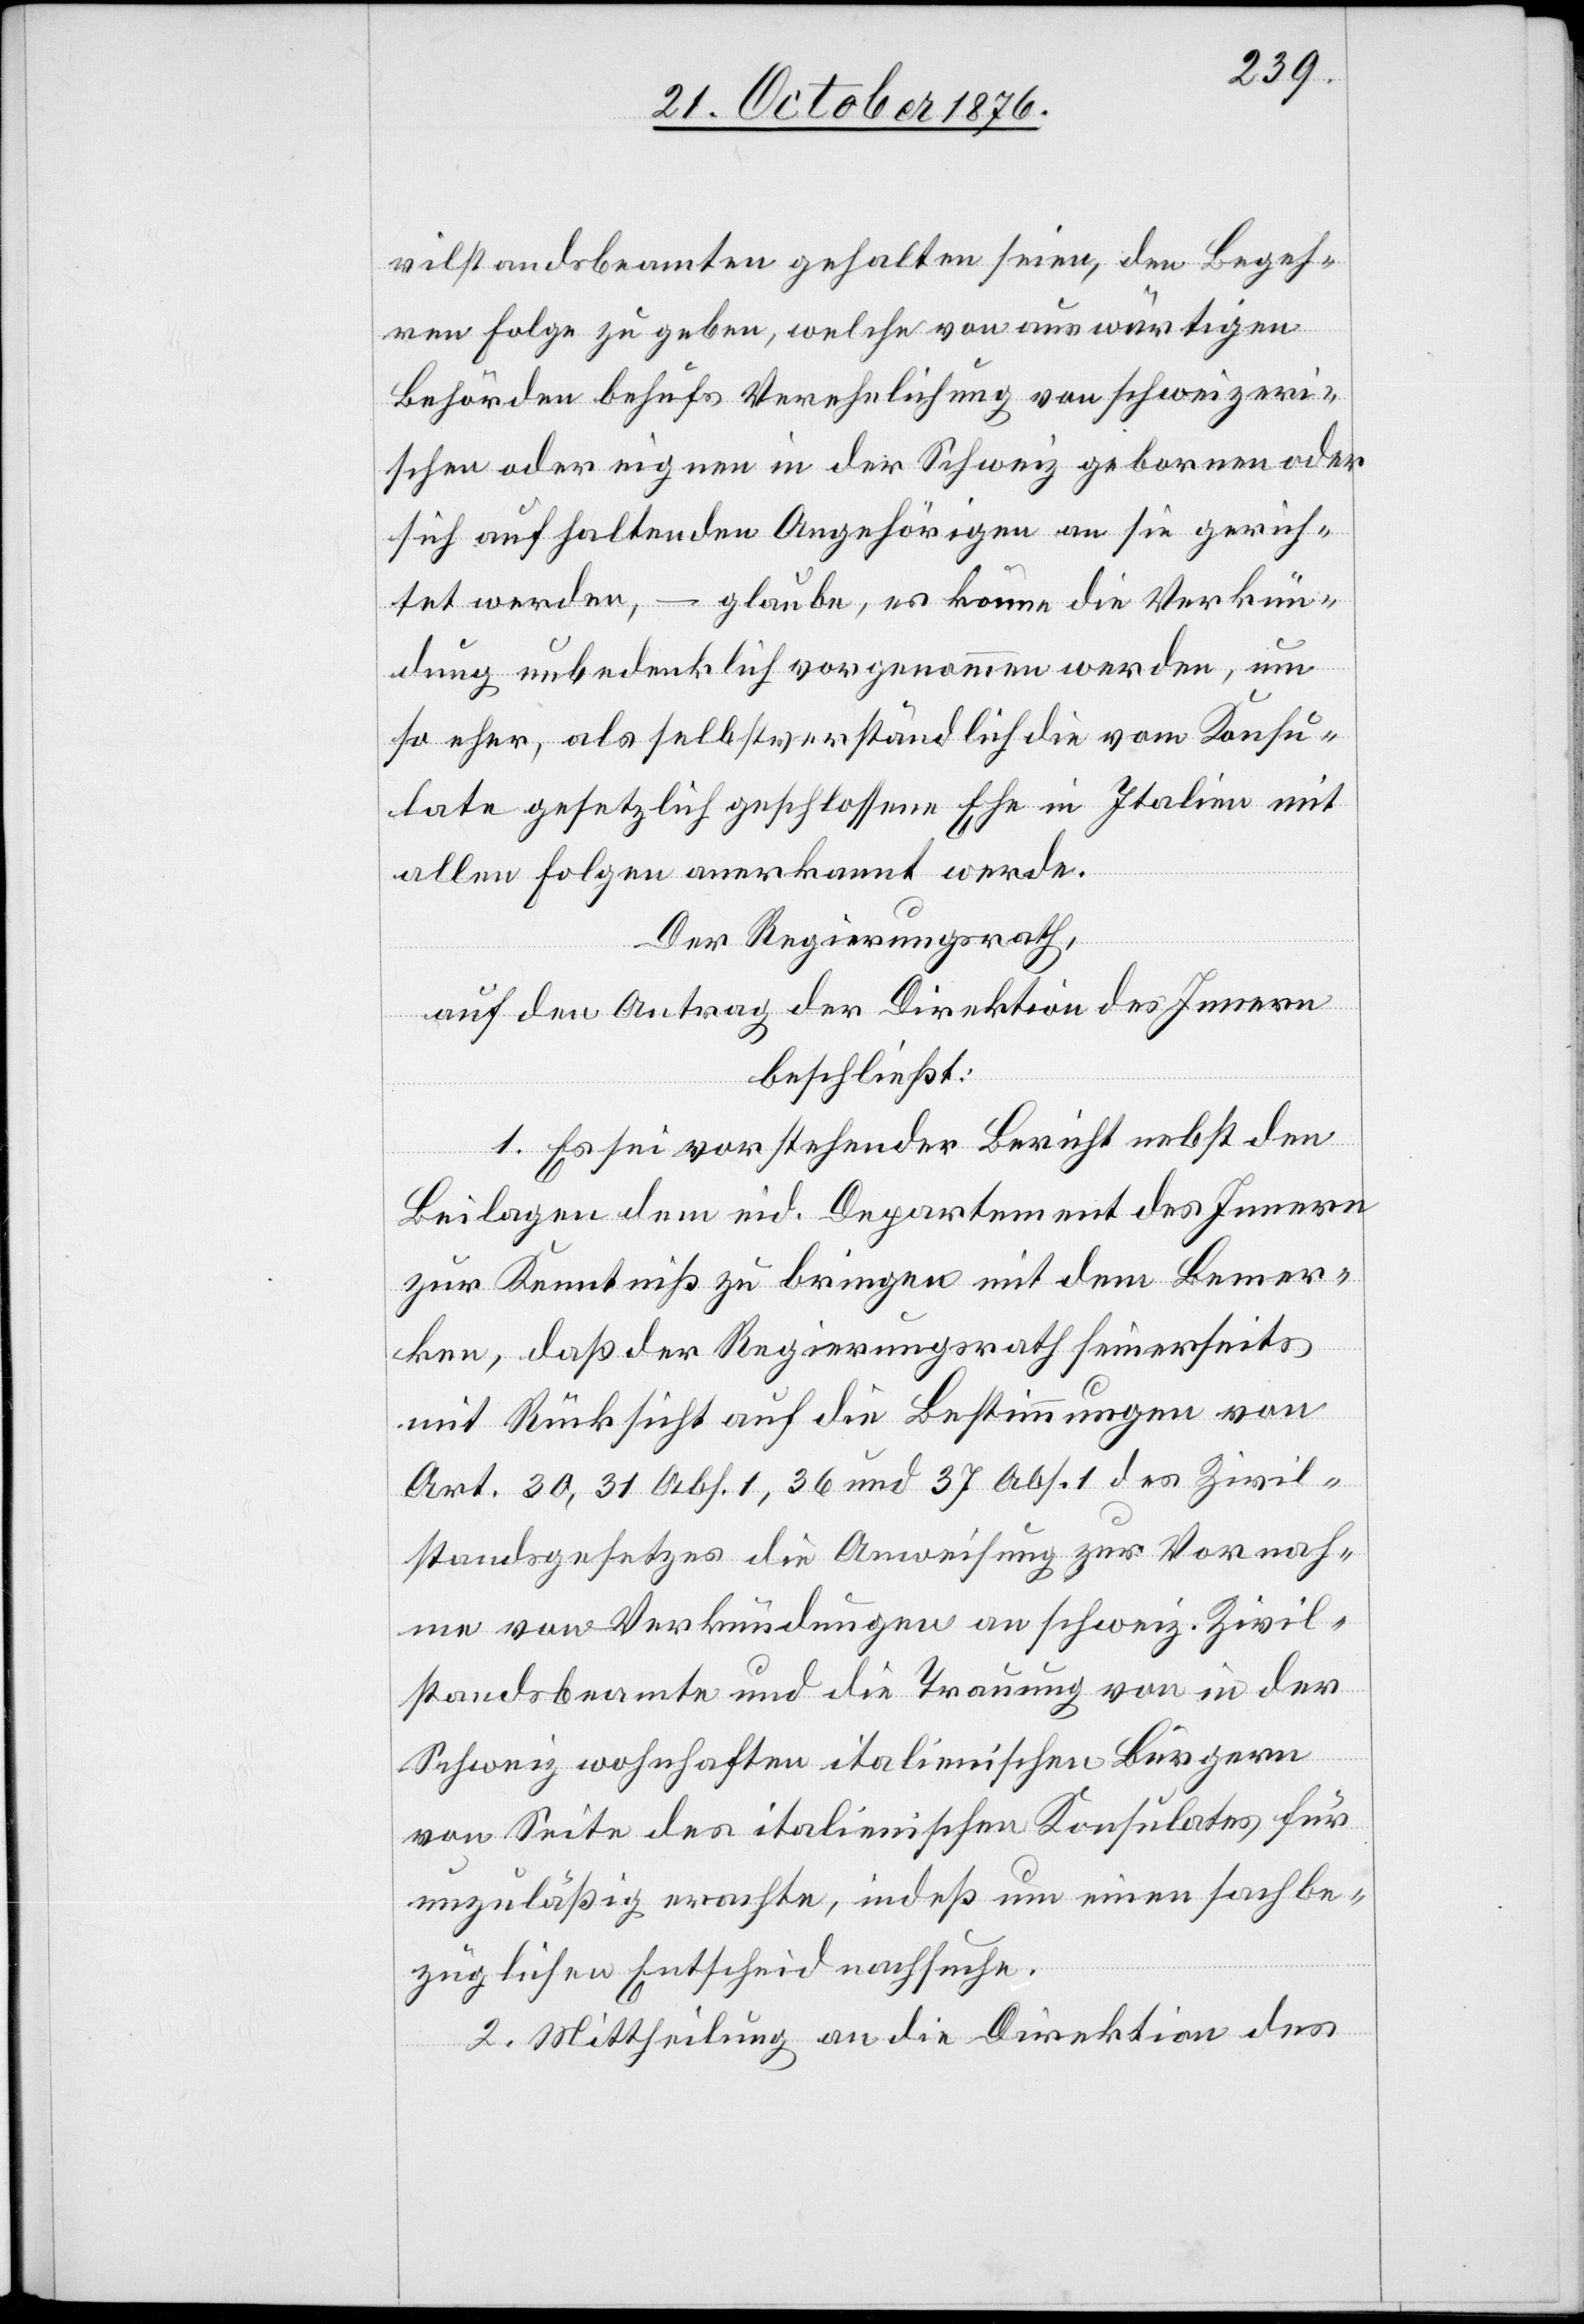
vilstandsbeamten gehalten seien, den Begeh¬
ren Folge zu geben, welche von auswärtigen
Behörden behufs Verehelichung von schweizeri¬
schen oder eignen in der Schweiz geborenen oder
sich aufhaltenden Angehörigen an sie gerich¬
tet werden, – glaube, es könne die Verkün¬
dung unbedenklich vorgenommen werden, um
so eher, als selbstverständlich die vom Konsu¬
late gesetzlich geschlossene Ehe in Italien mit
allen Folgen anerkannt werde.
Der Regierungsrath,
auf den Antrag der Direktion des Innern
beschließt:
1. Es sei vorstehender Bericht nebst den
Beilagen dem eid. Departement des Innern
zur Kenntniß zu bringen mit dem Bemer¬
ken, daß der Regierungsrath seinerseits
mit Rücksicht auf die Bestimmungen von
Art. 30, 31 Abs. 1, 36 und 37 Abs. 1 des Zivil¬
standsgesetzes die Anweisung zur Vornah¬
me von Verkündungen an schweiz. Zivil¬
standsbeamte und die Trauung von in der
Schweiz wohnhaften italienischen Bürgern
von Seite des italienischen Konsulates für
unzuläßig erachte, indeß um einen sachbe¬
züglichen Entscheid nachsuche.
2. Mittheilung an die Direktion des